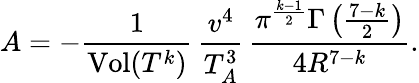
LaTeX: A=-\frac{1}{\mathrm{Vol}(T^{k})}\, \frac{v^{4}}{T_{A}^{3}}\, \frac{\pi^{\frac{k-1}{2}}\Gamma\left(\frac{7-k}{2}\right)}{4R^{7-k}}.